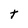
Character: t